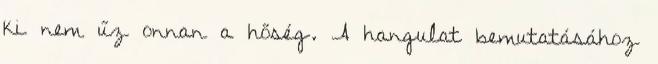
ki nem űz onnan a hőség. A hangulat bemutatásához